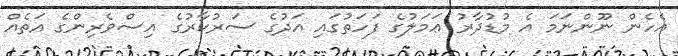
އެހެން ނޫންނަމަ އެ މުޑުދާރު ޢަމަލުގެ ފަހަތުގައި އަދުގެ ސަރުކާރުގެ އިސްވެރިންގެ އަތެއް